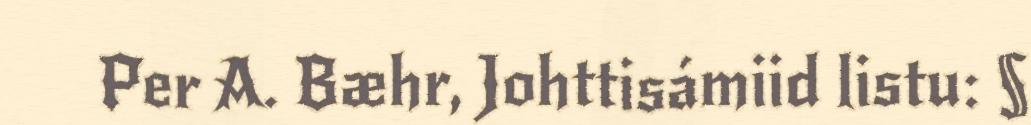
Per A. Bæhr, Johttisámiid listu: §